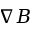
\nabla B